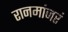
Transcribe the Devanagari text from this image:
रानमांजरं